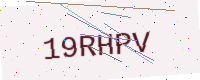
Text: 19RHPV